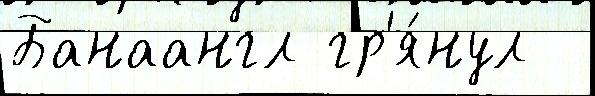
Банаангл гр'я́нул